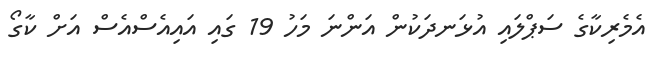
އެމެރިކާގެ ސަޕްލައި އުޅަނދަކުން އަންނަ މަހު 19 ގައި އައިއެސްއެސް އަށް ކާގޯ